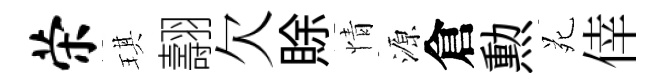
荣琪翿欠賖情源倉勲苑倖